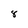
Character: 8